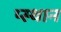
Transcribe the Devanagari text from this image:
प्स्थान